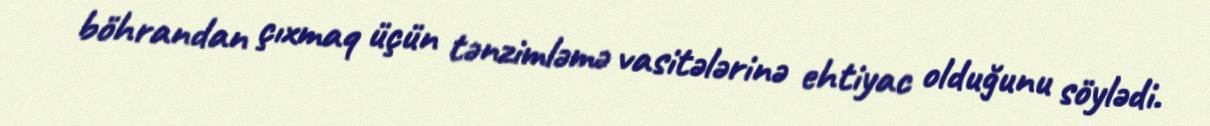
böhrandan çıxmaq üçün tənzimləmə vasitələrinə ehtiyac olduğunu söylədi.